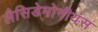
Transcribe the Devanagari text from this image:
लैसिडेमोनीयंस